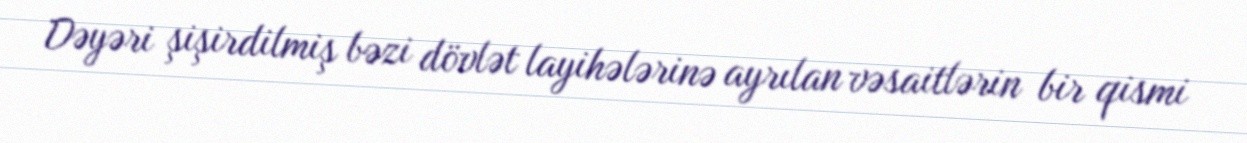
Dəyəri şişirdilmiş bəzi dövlət layihələrinə ayrılan vəsaitlərin bir qismi